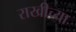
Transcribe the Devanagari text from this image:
राखीच्या